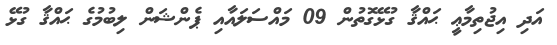
އަދި އިޖުތިމާޢީ ޙައްޤާ ގުޅޭގޮތުން 09 މައްސަލައާއި ޕެންޝަން ލިބުމުގެ ޙައްޤާ ގުޅޭ